Annual report of the Punjab Veterinary College and of the Civil Veterinary Department, Punjab - 1894-1908
Year: 1894
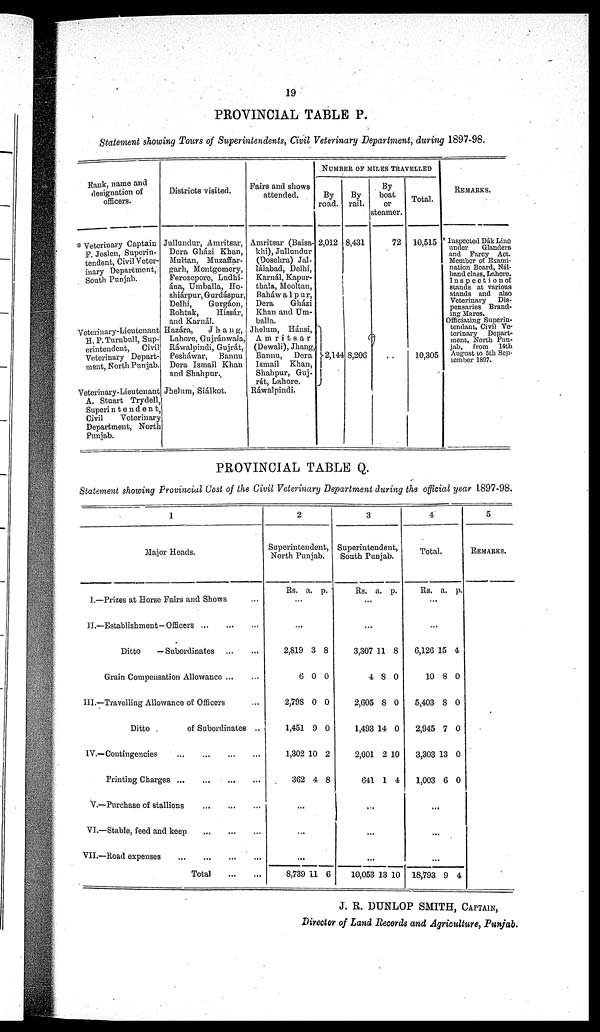
19
PROVINCIAL TABLE P.
Statement showing Tours of Superintendents, Civil Veterinary Department, during 1897.98.
Rank, name and
designation of
officers.
* Veterinary Captain
F. Joslen, Superin-
tendent, Civil Veter-
inary Department,
South Punjab.
Veterinary.Lieutenant
H.P.Turnbull, Sup-
erintendent,
Civil
Veterinary Depart-
ment, North Punjab.
Veterinary.Lieutenant
A. Stuart Trydell,
Superintendent,
Civil
Veterinary
Department, North
Punjab.
Districts visited.
Jullundur, Amritsar,
Dera Gházi Khan,
Multan, Muzaffar-
garh, Montgomery,
Ferozopore, Ludhi-
ána, Umballa, Ho-
shiárpur, Gurdáspur,
Delhi,
Gurgáon,
Rohtak,
Hissár,
and Karnál.
Hazára,
Jhang,
Lahore, Gujránwala,
Ráwalpindi, Gujrát,
Pesháwar,
Bannu
Dera Ismail Khan
and Shahpar.
Jhelum, Siálkot.
Fairs and shows
attended.
Amritsar (Baisa.
khi), Jullundur
(Dosehra) Jal-
lálabad, Delhi,
Karnál, Kapur-
thala, Mooltan,
Baháwalpur,
Dera
Gházi
Khan and Um-
balla.
Jhelum, Hánsi,
Amritsar
(Dewali), Jhang,
Bannu,
Dera
Ismail Khan,
Shahpur, Guj-
rát, Lahore.
Ráwalpindi.
NUMBER OF MILES TRAVELLED
By
road.
2,012
2,144
By
rail.
8,431
8,206
By
boat
or
steamer.
72
. .
Total.
10,515
10,305
REMARKS.
* Inspected Dâk Line
under
Glanders
and Farcy Act.
Member of Exami-
nation Board, Nál.
band class, Lahore.
stands at various
stands and also
Veterinary Dis-
pensaries Brand-
ing Mares.
Officiating Superin-
tendant, Civil Ve-
terinary Depart-
ment, North Pun-
jab, from 14th
August to 5tb Sep-
PROVINCIAL TABLE Q.
Statement showing Provincial Cost of the Civil Veterinary Department during the official year 1897-98.
1
Major Heads.
J.—Prizes at Horse Fairs and Shows ...
II.—Establishment—Officers
...
...
...
Ditto
—Subordinates ... ...
Grain Compensation Allowance ... ...
III.—Travelling Allowance of Officers ...
Ditto
of Subordinates ..
IV.—Contingencies
...
...
...
...
Printing Charges
...
...
...
...
V.—Purchase of stallions
...
...
...
VI.—Stable, feed and keep
...
...
...
VII.—Road expenses
...
...
...
...
Total ... ...
2
Superintendent
North Punjab.
Rs. a. p.
...
2,819
6
2,798
1,451
1,302
362
3
0
0
9
10
4
8
0
0
0
2
8
...
...
...
8,739 11 6
3
Superintedent
South Pujab.
Rs. a. p.
...
...
3,307
4
2,605
1,493
2,001
641
11
8
8
14
2
1
8
0
0
0
10
4
...
...
...
10,053 13 10
4
Total.
Rs. a. p.
...
...
6,126
10
5,403
2,945
3,303
1,003
15
8
8
7
13
6
4
0
0
0
0
0
...
...
...
18,793 9 4
5
REMARKS.
J. R. DUNLOP SMITH, CAPTAIN,
Director of Land Records and Agriculture, Punjab.